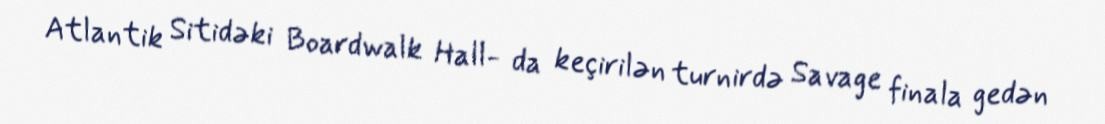
Atlantik Sitidəki Boardwalk Hall- da keçirilən turnirdə Savage finala gedən